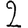
Digit: 2